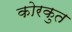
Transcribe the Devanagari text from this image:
कोरकुत